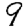
Digit: 9